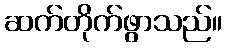
ဆက်တိုက်ဖွာသည်။